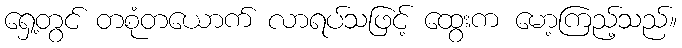
ရှေ့တွင် တစုံတယောက် လာရပ်သဖြင့် ထွေးက မော့ကြည့်သည်။